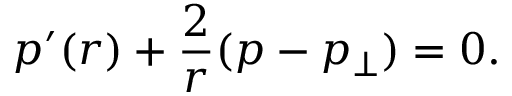
p ^ { \prime } ( r ) + \frac { 2 } { r } ( p - p _ { \perp } ) = 0 .